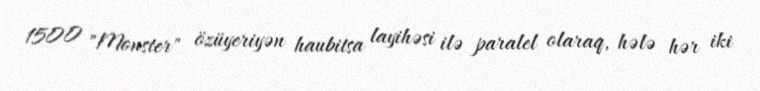
1500 "Monster" özüyeriyən haubitsa layihəsi ilə paralel olaraq, hələ hər iki